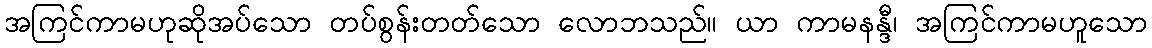
အကြင်ကာမဟုဆိုအပ်သော တပ်စွန်းတတ်သော လောဘသည်။ ယာ ကာမနန္ဒီ၊ အကြင်ကာမဟူသော